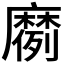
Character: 𫜗